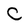
Character: C